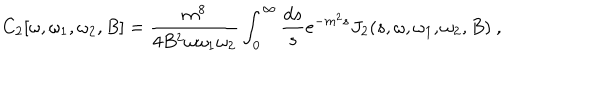
C _ { 2 } [ \omega , \omega _ { 1 } , \omega _ { 2 } , B ] = { \frac { m ^ { 8 } } { 4 B ^ { 2 } \omega \omega _ { 1 } \omega _ { 2 } } } \int _ { 0 } ^ { \infty } { \frac { d s } { s } } e ^ { - m ^ { 2 } s } J _ { 2 } ( s , \omega , \omega _ { 1 } , \omega _ { 2 } , B ) ~ ,